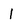
Character: l